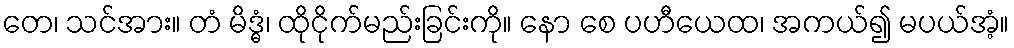
တေ၊ သင်အား။ တံ မိဒ္ဓံ၊ ထိုငိုက်မည်းခြင်းကို။ နော စေ ပဟီယေထ၊ အကယ်၍ မပယ်အံ့။